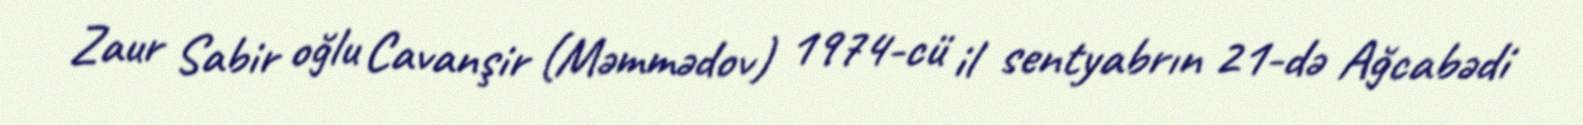
Zaur Sabir oğlu Cavanşir (Məmmədov) 1974-cü il sentyabrın 21-də Ağcabədi